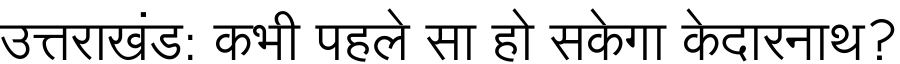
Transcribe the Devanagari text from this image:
उत्तराखंड: कभी पहले सा हो सकेगा केदारनाथ?